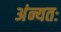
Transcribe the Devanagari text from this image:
अंन्यतः